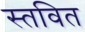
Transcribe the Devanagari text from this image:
स्तवित